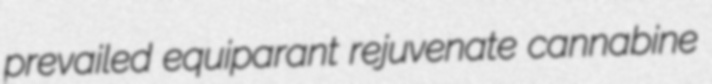
prevailed equiparant rejuvenate cannabine